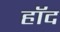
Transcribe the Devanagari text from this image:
हॉद